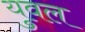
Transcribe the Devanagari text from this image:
युवल